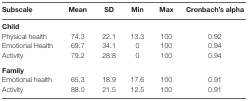
<table><thead><tr><td><b>Subscale</b></td><td><b>Mean</b></td><td><b>SD</b></td><td><b>Min</b></td><td><b>Max</b></td><td><b>Cronbach’s alpha</b></td></tr></thead><tbody><tr><td colspan="6"><b>Child</b></td></tr><tr><td>Physical health</td><td>74.3</td><td>22.1</td><td>13.3</td><td>100</td><td>0.92</td></tr><tr><td>Emotional Health</td><td>69.7</td><td>34.1</td><td>0</td><td>100</td><td>0.94</td></tr><tr><td>Activity</td><td>79.2</td><td>28.8</td><td>0</td><td>100</td><td>0.94</td></tr><tr><td colspan="6"><b>Family</b></td></tr><tr><td>Emotional health</td><td>65.3</td><td>18.9</td><td>17.6</td><td>100</td><td>0.91</td></tr><tr><td>Activity</td><td>88.0</td><td>21.5</td><td>12.5</td><td>100</td><td>0.91</td></tr></tbody></table>